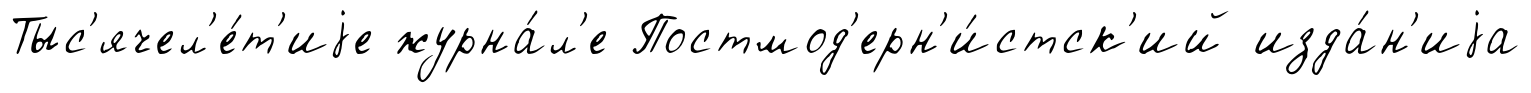
Тыс'ячел'е́т'иjе журна́л'е Постмод'ерн'и́стск'ий изда́н'иjа